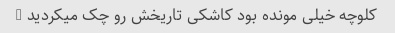
کلوچه خیلی مونده بود کاشکی تاریخش رو چک میکردید …